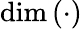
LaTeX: \dim\left(\cdot\right)